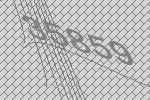
35859